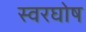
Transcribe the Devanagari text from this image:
स्वरघोष